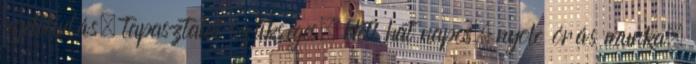
nyelvtudás, tapasztalat szükséges. Heti hat napos, nyolc órás munka.